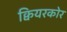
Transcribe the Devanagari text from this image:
क्वियरकोर